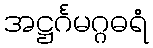
အဋ္ဌင်္ဂမဂ္ဂဓရံ